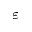
\varepsilon